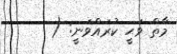
މާތް ވަޙީ ކުރައްވަނީ: (